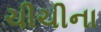
ચીચીના